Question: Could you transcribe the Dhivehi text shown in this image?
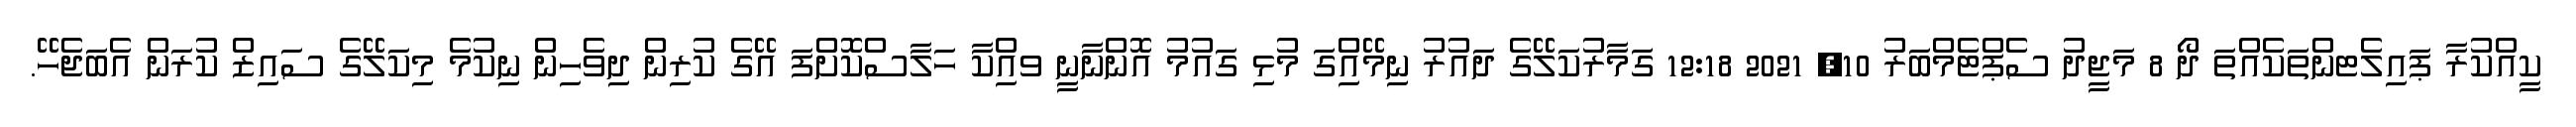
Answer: ކީއްކުރާ ޕައިލެޓންތަކެއްތަ ދޯ 8 މަޖީދު ސެޕްޓެމްބަރު 10, 2021 12:18 ގަމާރުކަލޭގެ ދައުރު ނިމޭއިެުގަ މުޅި ގައުމު އޮންނާނީ ވއިްކާ ހަލާސްކޮށްފަ އޭގެ ކުރިން ދިވެހިން ނިކުމެ މިކަލޭގެ ސައިޒް ކުރަން އެބަޖެހޭ.